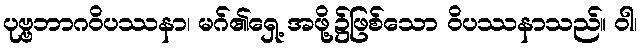
ပုဗ္ဗဘာဂဝိပဿနာ၊ မဂ်၏ရှေ့ အဖို့၌ဖြစ်သော ဝိပဿနာသည်။ ဝါ၊